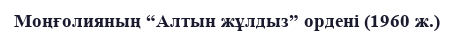
Моңғолияның “Алтын жұлдыз” ордені (1960 ж.)